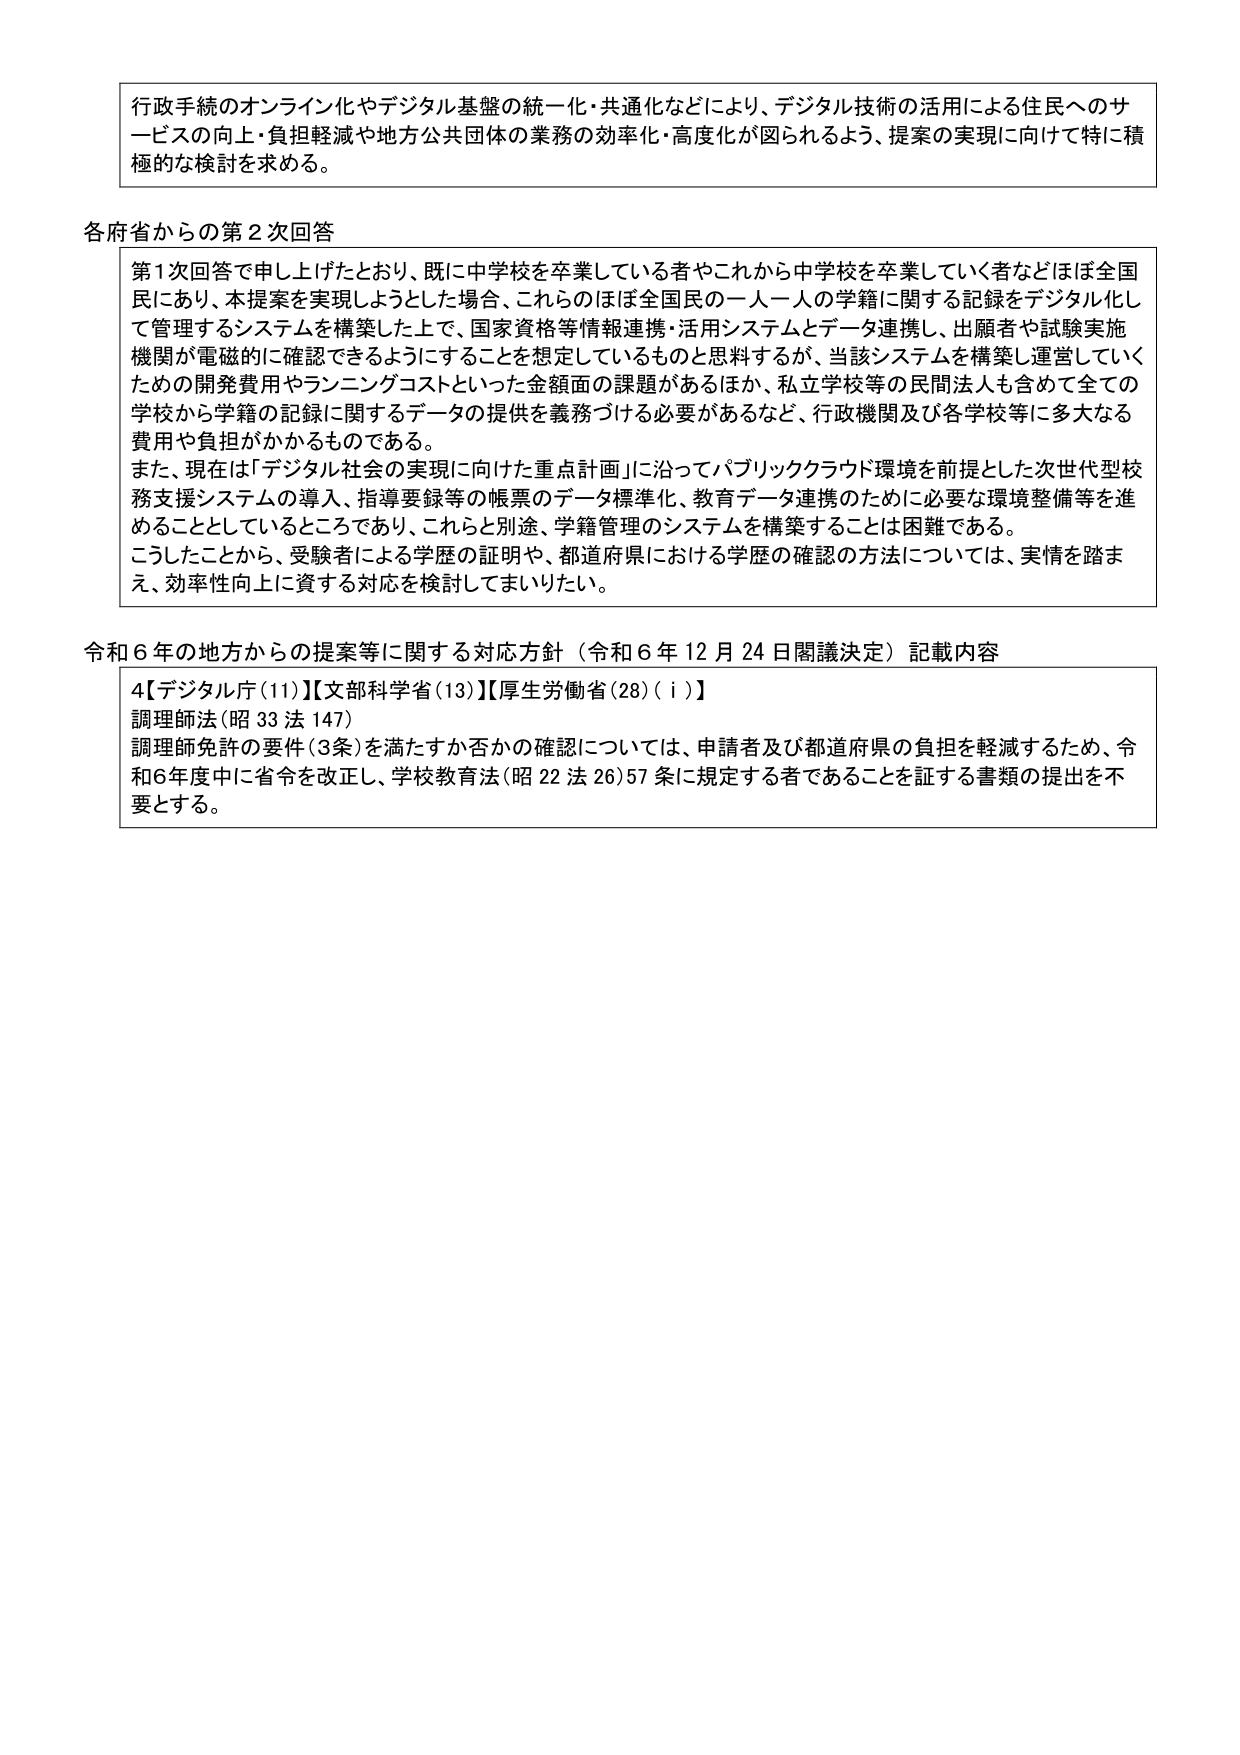
行政手続のオンライン化やデジタル基盤の統一化・共通化などにより、デジタル技術の活用による住民へのサービスの向上・負担軽減や地方公共団体の業務の効率化・高度化が図られるよう、提案の実現に向けて特に積極的な検討を求める。

各府省からの第２次回答
第１次回答で申し上げたとおり、既に中学校を卒業している者やこれから中学校を卒業していく者などほぼ全国民にあり、本提案を実現しようとした場合、これらのほぼ全国民の一人一人の学籍に関する記録をデジタル化して管理するシステムを構築した上で、国家資格等情報連携・活用システムとデータ連携し、出願者や試験実施機関が電磁的に確認できるようにすることを想定しているものと思料するが、当該システムを構築し運営していくための開発費用やランニングコストといった金額面の課題があるほか、私立学校等の民間法人も含めて全ての学校から学籍の記録に関するデータの提供を義務づける必要があるなど、行政機関及び各学校等に多大なる費用や負担がかかるものである。
また、現在は「デジタル社会の実現に向けた重点計画」に沿ってパブリッククラウド環境を前提とした次世代型校務支援システムの導入、指導要録等の帳票のデータ標準化、教育データ連携のために必要な環境整備等を進めることとしているところであり、これらと別途、学籍管理のシステムを構築することは困難である。
こうしたことから、受験者による学歴の証明や、都道府県における学歴の確認の方法については、実情を踏まえ、効率性向上に資する対応を検討してまいりたい。

令和６年の地方からの提案等に関する対応方針（令和６年12月24日閣議決定）記載内容
4【デジタル庁(11)】【文部科学省(13)】【厚生労働省(28)(ⅰ)】
調理師法(昭33法147)
調理師免許の要件(3条)を満たすか否かの確認については、申請者及び都道府県の負担を軽減するため、令和6年度中に省令を改正し、学校教育法(昭22法26)57条に規定する者であることを証する書類の提出を不要とする。